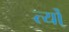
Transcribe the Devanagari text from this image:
र्त्यो्